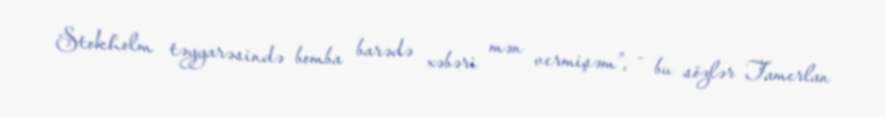
Stokholm təyyarəsində bomba barədə xəbəri mən vermişəm”, - bu sözlər Tamerlan